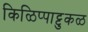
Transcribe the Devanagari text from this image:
किळिप्पाट्टुकळ